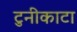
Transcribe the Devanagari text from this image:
टुनीकाटा